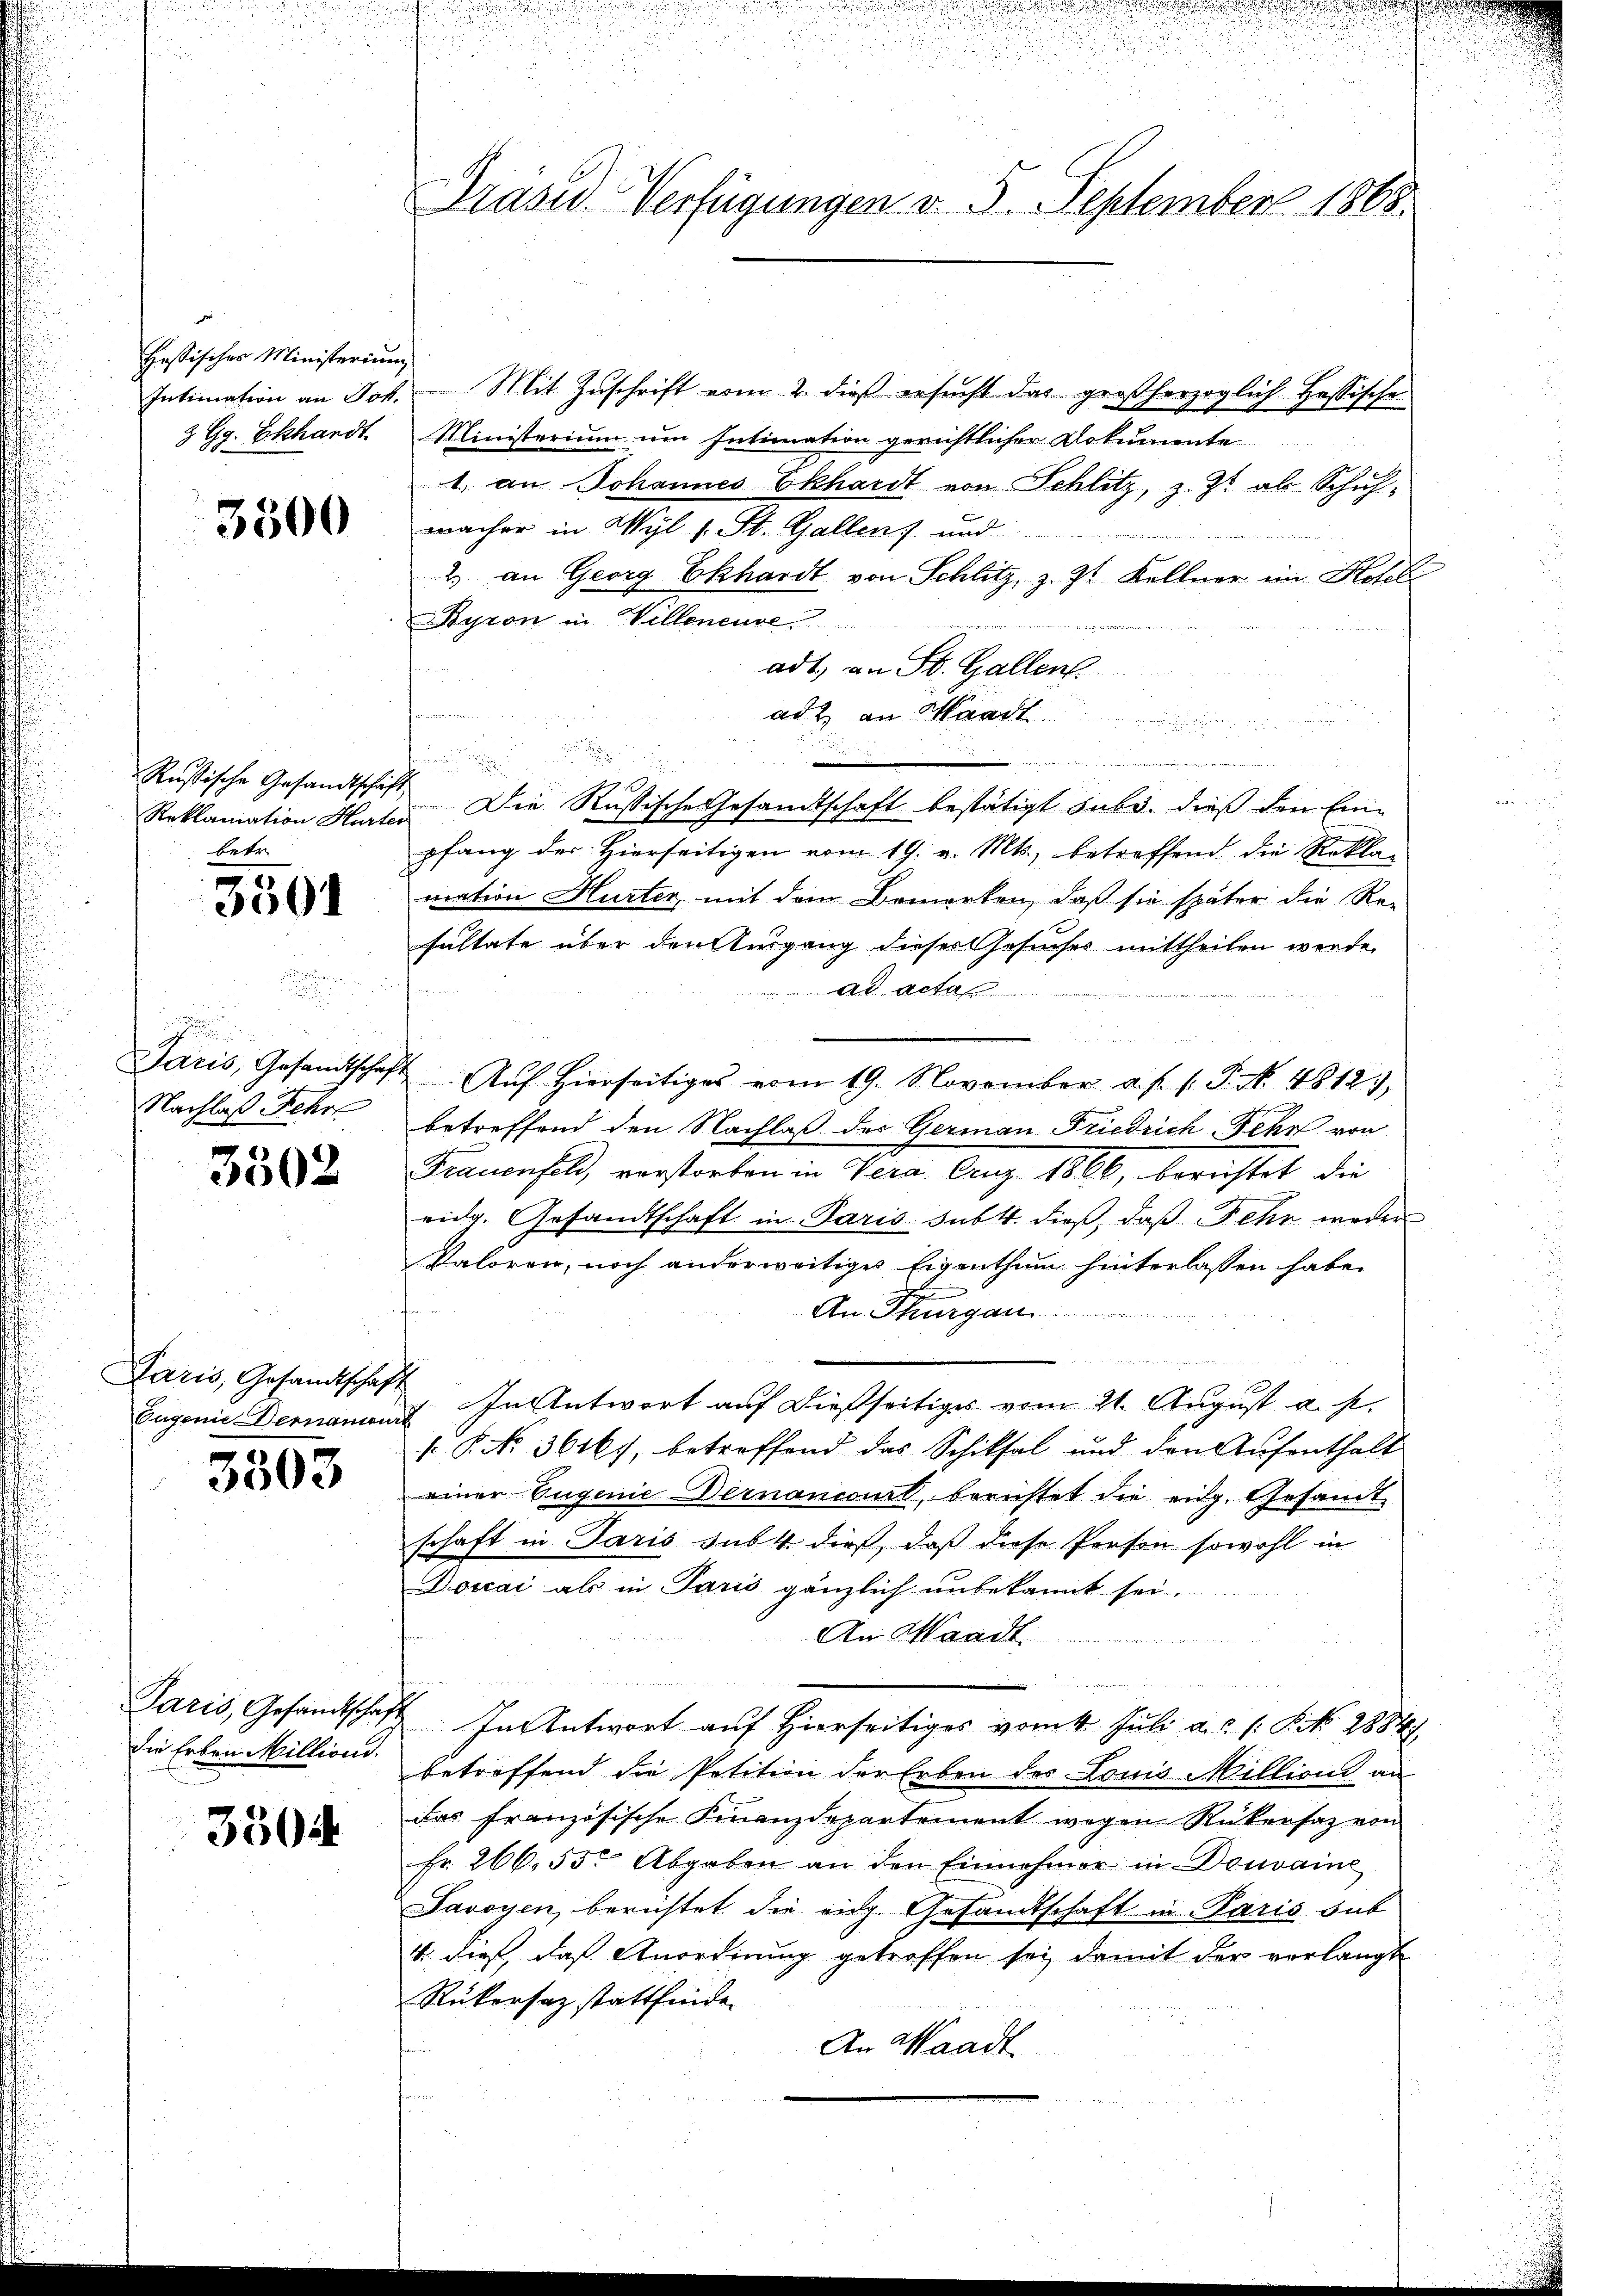
Hessisches Ministerium

3500

Rußische Gesandtschaft
betr.

3501

.
u
Nachlaß Fehr

3502

Paris, Gesandtschaft

3503

die Erben Milliond.

3504

Intimation an Joh. Mit Zŭschrift vom 2. dieß ersŭcht das großherzoglich Hassische
3 Gg. Eckhardt Ministerium um Intimation gerichtlicher Dokumente
1. an Johannes Ekhardt von Schlitz, z. Zt. als Schuhwacher in Wyl v. St. Gallen, und
2) an Georg Ekhardt von Schlitz, z. Zt. Kellner im Hotel
Byron in Villeneuve
adt, an St. Gallen.
adt an Waadt
.
s

u
e
Reklamation Hurter Die Russische Gesandtschaft bestätigt sub. dieß den Einpfang der Hierseitigen vom 19. v. Mts., betreffend die Rekla-
mation Hurter, mit dem Bemerken, daß sie später die Re-
sultate über den Ausgang dieser Gesuches mittheilen werde.
ad actan
n
Paris, Gesandtschaft. Aŭf Hierseitiges vom 19. November a. f. 1. P. Nr. 4812.,
betreffend den Nachlaß des Germann Friedrich-Fehr von
Frauenfeld, verstorben in Vera. Aug. 1860, berechtet die
eidg. Gesandtschaft in Paris sub 4 dieß, daß Fehr weder
Valoren, noch anderweitiges Eigenthum hinterlassen habe.
n
An Thurgau
Eugenie Bernament. In Antwort auf dießseitiges vom 21. August a. p.
. P. No. 361, betreffend das Schiksal und den Aŭfenthalt
einer Eugenie Dernancourt, berichtet die eidg. Gesandt-
schaft in Paris sub. 4 dieß, daß diese Person sowohl in
Doccai als in Paris gänzlich unbekannt sei.
An Waadt
Paris, Gesandtschaft. In Antwort auf hierseitiges vom 4. Juli a.c. s. S. 2884/
betreffend die Petition der Erben des Louis Millioni an
das französische Finanzdepartement wegen Rükersatz von
Fr. 266. 55. Abgaben an den Einnehmer in Deuvaine
Savoyen, berichtet die eidg. Gesandtschaft in Paris, sub
4. dieß, daß Anordnung getroffen sei, damit der verlangte
Rükersaz stattfinde
An Waadt

Präsid. Verfügungen v. 5. September 1865.

.